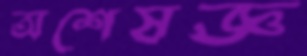
অশেষজ্ঞ